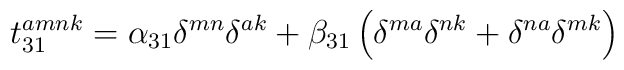
t_{31}^{amnk}=\alpha _{31}\delta ^{mn}\delta ^{ak}+\beta _{31}\left( \delta^{ma}\delta ^{nk}+\delta ^{na}\delta ^{mk}\right)